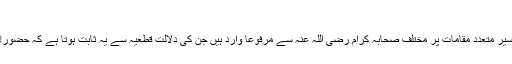
(ابن ماجہ ج۲ ص۲۹۱طبع المطابع کراچی)
٭ کتب احادیث میں روایات منقولہ بتفاوت یسیر متعدد مقامات پر مختلف صحابہ کرام رضی اللہ عنہ سے مرفوعاً وارد ہیں جن کی دلالت قطعیہ سے یہ ثابت ہوتا ہے کہ حضورﷺ کی امت حضورﷺ کیلئے باعث فخر ہے۔